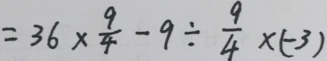
= 3 6 \times \frac { 9 } { 4 } - 9 \div \frac { 9 } { 4 } \times ( - 3 )